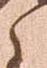
之